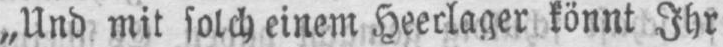
„Und mit solch einem Heerlager könnt Ihr